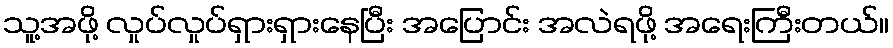
သူ့အဖို့ လှုပ်လှုပ်ရှားရှားနေပြီး အပြောင်း အလဲရဖို့ အရေးကြီးတယ်။